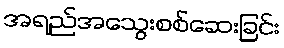
အရည်အသွေးစစ်ဆေးခြင်း